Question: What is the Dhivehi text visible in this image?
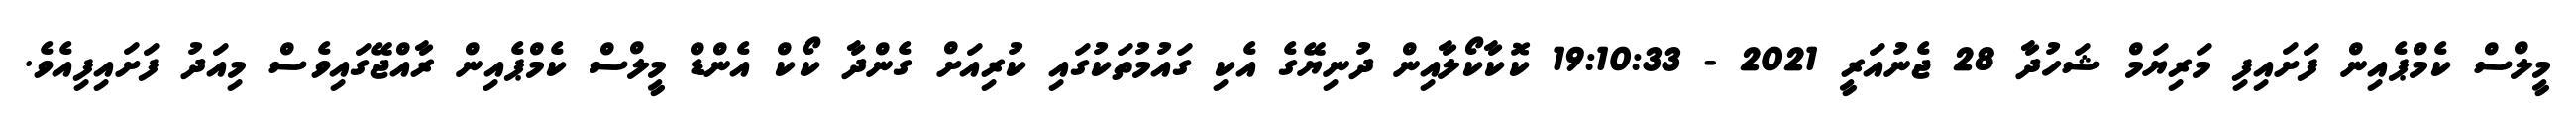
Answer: މީލްސް ކެމްޕެއިން ފަށައިފި މަރިޔަމް ޝަހުދާ 28 ޖެނުއަރީ 2021 - 19:10:33 ކޮކާކޯލާއިން ދުނިޔޭގެ އެކި ގައުމުތަކުގައި ކުރިއަށް ގެންދާ ކޯކް އެންޑް މީލްސް ކެމްޕެއިން ރާއްޖޭގައިވެސް މިއަދު ފަށައިފިއެވެ.